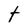
Character: t